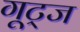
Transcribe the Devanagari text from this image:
गूट्ज